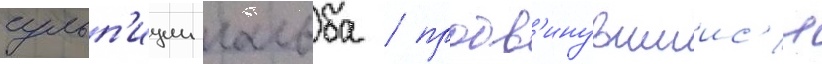
сульп'иции гальба / продв'инувшиис'я